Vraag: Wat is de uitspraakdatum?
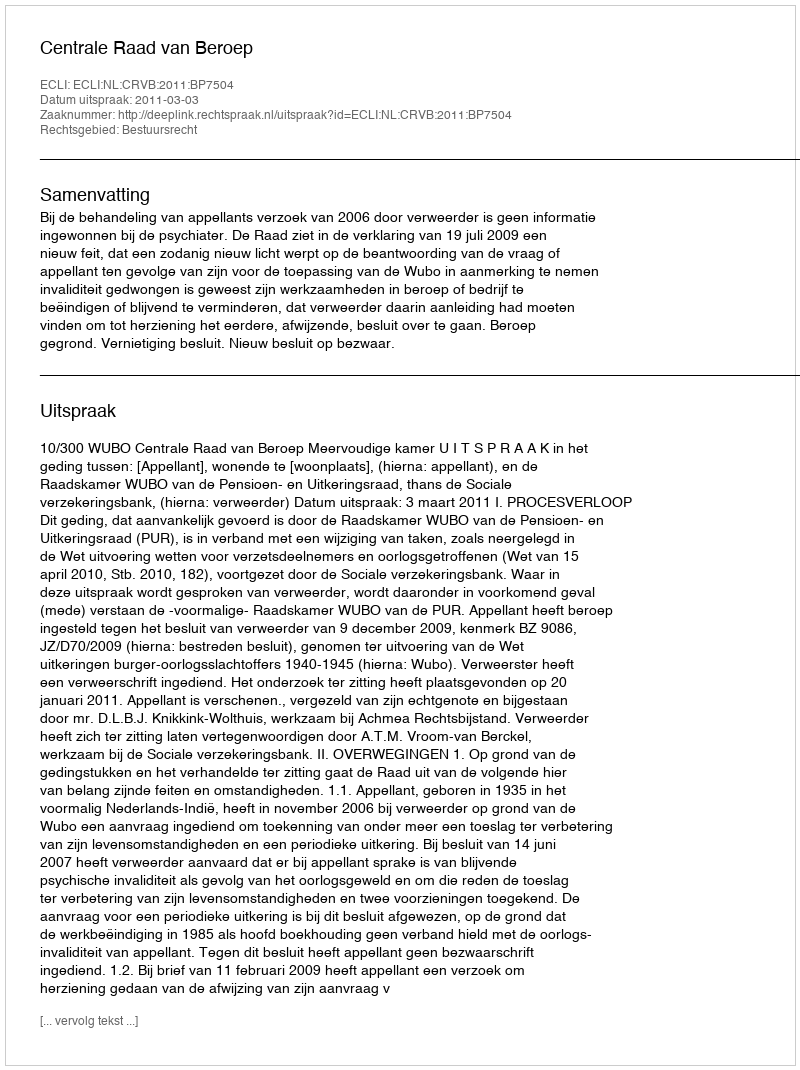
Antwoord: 2011-03-03